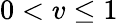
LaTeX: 0<v\le 1